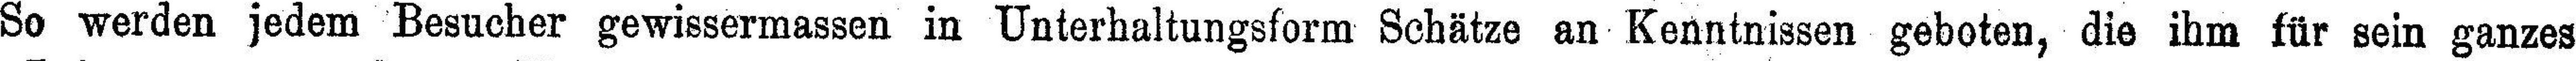
So werden jedem Besucher gewissermassen in Unterhaltungsform Schätze an Kenntnissen geboten, die ihm für sein ganzes